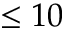
\leq 1 0